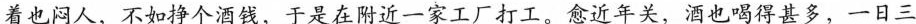
着也闷人，不如挣个酒钱，于是在附近一家工厂打工。愈近年关，酒也喝得甚多，一日三